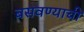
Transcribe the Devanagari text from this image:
बसवण्याची